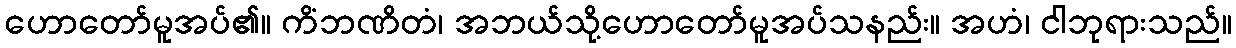
ဟောတော်မူအပ်၏။ ကိံဘဏိတံ၊ အဘယ်သို့ဟောတော်မူအပ်သနည်း။ အဟံ၊ ငါဘုရားသည်။